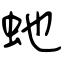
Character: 虵